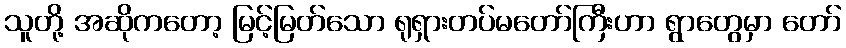
သူတို့ အဆိုကတော့ မြင့်မြတ်သော ရုရှားတပ်မတော်ကြီးဟာ ရွာတွေမှာ တော်